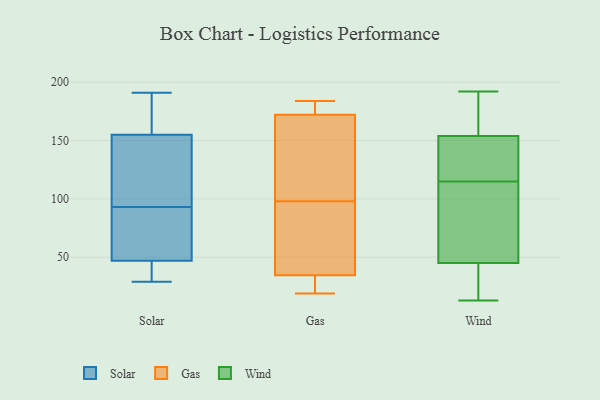
{"axis": {"x": "Energy Usage (MWh)", "y": "Value"}, "legend": ["Gas", "Solar", "Wind"], "data": [{"x": "", "y": 45, "type": "Solar"}, {"x": "", "y": 49, "type": "Solar"}, {"x": "", "y": 191, "type": "Solar"}, {"x": "", "y": 106, "type": "Solar"}, {"x": "", "y": 29, "type": "Solar"}, {"x": "", "y": 57, "type": "Solar"}, {"x": "", "y": 35, "type": "Solar"}, {"x": "", "y": 163, "type": "Solar"}, {"x": "", "y": 147, "type": "Solar"}, {"x": "", "y": 137, "type": "Solar"}, {"x": "", "y": 177, "type": "Solar"}, {"x": "", "y": 80, "type": "Solar"}, {"x": "", "y": 98, "type": "Gas"}, {"x": "", "y": 37, "type": "Gas"}, {"x": "", "y": 36, "type": "Gas"}, {"x": "", "y": 21, "type": "Gas"}, {"x": "", "y": 179, "type": "Gas"}, {"x": "", "y": 173, "type": "Gas"}, {"x": "", "y": 19, "type": "Gas"}, {"x": "", "y": 183, "type": "Gas"}, {"x": "", "y": 68, "type": "Gas"}, {"x": "", "y": 143, "type": "Gas"}, {"x": "", "y": 28, "type": "Gas"}, {"x": "", "y": 184, "type": "Gas"}, {"x": "", "y": 151, "type": "Gas"}, {"x": "", "y": 172, "type": "Gas"}, {"x": "", "y": 121, "type": "Gas"}, {"x": "", "y": 30, "type": "Gas"}, {"x": "", "y": 56, "type": "Gas"}, {"x": "", "y": 117, "type": "Wind"}, {"x": "", "y": 188, "type": "Wind"}, {"x": "", "y": 106, "type": "Wind"}, {"x": "", "y": 146, "type": "Wind"}, {"x": "", "y": 13, "type": "Wind"}, {"x": "", "y": 178, "type": "Wind"}, {"x": "", "y": 29, "type": "Wind"}, {"x": "", "y": 60, "type": "Wind"}, {"x": "", "y": 113, "type": "Wind"}, {"x": "", "y": 141, "type": "Wind"}, {"x": "", "y": 36, "type": "Wind"}, {"x": "", "y": 192, "type": "Wind"}, {"x": "", "y": 132, "type": "Wind"}, {"x": "", "y": 154, "type": "Wind"}, {"x": "", "y": 45, "type": "Wind"}, {"x": "", "y": 35, "type": "Wind"}, {"x": "", "y": 178, "type": "Wind"}, {"x": "", "y": 68, "type": "Wind"}]}